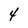
Character: 4